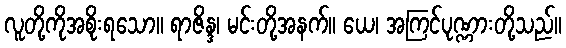
လူတို့ကိုအစိုးရသော။ ရာဇိန္ဒ၊ မင်းတို့အနက်။ ယေ၊ အကြင်ပုဏ္ဏားတို့သည်။